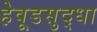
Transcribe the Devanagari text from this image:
हेवूडसुद्धा